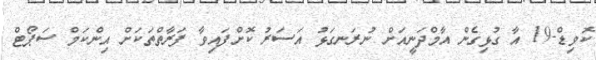
ކޮވިޑް-19 އާ ގުޅިގެން އާމްދަނީއަށް ނުރަނގަޅު އަސަރު ކޮށްފައިވާ ފަރާތްތަކަށް އިންކަމް ސަޕޯޓް